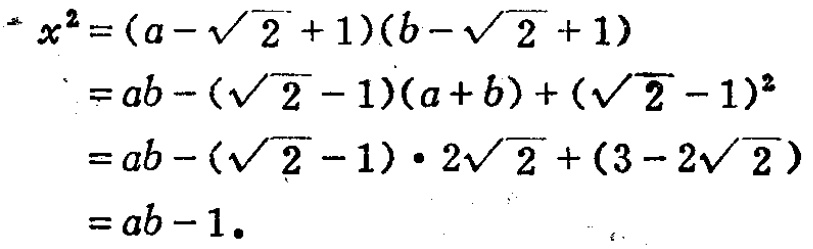
\[
\begin{align*}
x^{2}&=(a - \sqrt{2}+1)(b - \sqrt{2}+1)\\
&=ab-(\sqrt{2}-1)(a + b)+(\sqrt{2}-1)^{2}\\
&=ab-(\sqrt{2}-1)\cdot2\sqrt{2}+(3 - 2\sqrt{2})\\
&=ab - 1.
\end{align*}
\]